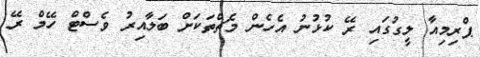
ޕްރިމިއާ ލީގުގައި ރޭ ކުޅުނު އެހެން މެޗްތަކަށް ބަލާއިރު ވެސްޓް ހޭމް ރޭ